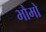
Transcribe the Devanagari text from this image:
भौमो